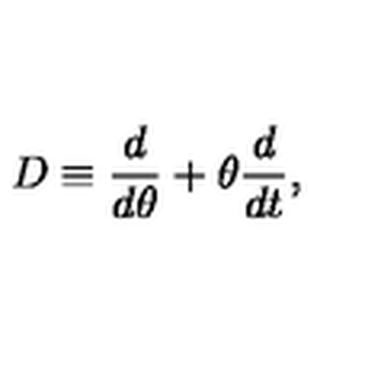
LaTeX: D \equiv \frac { d } { d \theta } + \theta \frac { d } { d t } ,